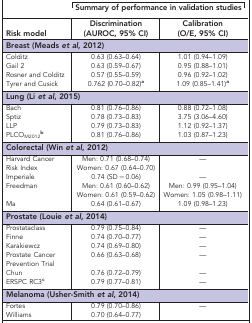
<table><thead><tr><td><b> </b></td><td colspan="2"><b>Summary of performance in validation studies</b></td></tr><tr><td><b>Risk model</b></td><td><b>Discrimination (AUROC, 95% CI)</b></td><td><b>Calibration (O/E, 95% CI)</b></td></tr></thead><tbody><tr><td colspan="3"><b>Breast (Meads <i>et al</i>, 2012)</b></td></tr><tr><td>Colditz</td><td>0.63 (0.63–0.64)</td><td>1.01 (0.94–1.09)</td></tr><tr><td>Gail 2</td><td>0.63 (0.59–0.67)</td><td>0.95 (0.88–1.01)</td></tr><tr><td>Rosner and Colditz</td><td>0.57 (0.55–0.59)</td><td>0.96 (0.92–1.02)</td></tr><tr><td>Tyrer and Cusick</td><td>0.762 (0.70–0.82)a</td><td>1.09 (0.85–1.41)a</td></tr><tr><td colspan="3"><b>Lung (Li <i>et al</i>, 2015)</b></td></tr><tr><td>Bach</td><td>0.81 (0.76–0.86)</td><td>0.88 (0.72–1.08)</td></tr><tr><td>Sptiz</td><td>0.78 (0.73–0.83)</td><td>3.75 (3.06–4.60)</td></tr><tr><td>LLP</td><td>0.79 (0.73–0.83)</td><td>1.12 (0.92–1.37)</td></tr><tr><td>PLCO<sub>M2012</sub>b</td><td>0.81 (0.76–0.86)</td><td>1.03 (0.87–1.23)</td></tr><tr><td colspan="3"><b>Colorectal (Win <i>et al</i>, 2012)</b></td></tr><tr><td>Harvard Cancer Risk Index</td><td>Men: 0.71 (0.68–0.74) Women: 0.67 (0.64–0.70)</td><td>—</td></tr><tr><td>Imperiale</td><td>0.74 (SD=0.06)</td><td>—</td></tr><tr><td>Freedman</td><td>Men: 0.61 (0.60–0.62) Women: 0.61 (0.59–0.62)</td><td>Men: 0.99 (0.95–1.04) Women: 1.05 (0.98–1.11)</td></tr><tr><td>Ma</td><td>0.64 (0.61–0.67)</td><td>1.09 (0.98–1.23)</td></tr><tr><td colspan="3"><b>Prostate (Louie <i>et al</i>, 2014)</b></td></tr><tr><td>Prostataclass</td><td>0.79 (0.75–0.84)</td><td>—</td></tr><tr><td>Finne</td><td>0.74 (0.70–0.77)</td><td>—</td></tr><tr><td>Karakiewcz</td><td>0.74 (0.69–0.80)</td><td>—</td></tr><tr><td>Prostate Cancer Prevention Trial</td><td>0.66 (0.63–0.68)</td><td>—</td></tr><tr><td>Chun</td><td>0.76 (0.72–0.79)</td><td>—</td></tr><tr><td>ERSPC RC3c</td><td>0.79 (0.77–0.81)</td><td>—</td></tr><tr><td colspan="3"><b>Melanoma (Usher-Smith <i>et al</i>, 2014)</b></td></tr><tr><td>Fortes</td><td>0.79 (0.70–0.86)</td><td>—</td></tr><tr><td>Williams</td><td>0.70 (0.64–0.77)</td><td> </td></tr></tbody></table>